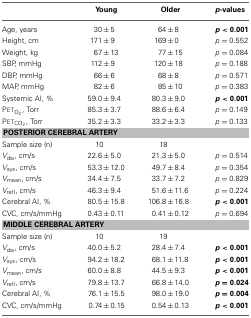
<table><thead><tr><td></td><td><b>Young</b></td><td><b>Older</b></td><td><b><i>p</i>-values</b></td></tr></thead><tbody><tr><td>Age, years</td><td>30 ± 5</td><td>64 ± 8</td><td><b><i>p</i> &lt; 0.001</b></td></tr><tr><td>Height, cm</td><td>171 ± 9</td><td>169 ± 0</td><td><i>p</i> = 0.552</td></tr><tr><td>Weight, kg</td><td>67 ± 13</td><td>77 ± 15</td><td><i>p</i> = 0.084</td></tr><tr><td>SBP, mmHg</td><td>112 ± 9</td><td>120 ± 18</td><td><i>p</i> = 0.188</td></tr><tr><td>DBP, mmHg</td><td>66 ± 6</td><td>68 ± 8</td><td><i>p</i> = 0.571</td></tr><tr><td>MAP, mmHg</td><td>82 ± 6</td><td>85 ± 10</td><td><i>p</i> = 0.383</td></tr><tr><td>Systemic AI, %</td><td>59.0 ± 9.4</td><td>80.3 ± 9.0</td><td><b><i>p</i> &lt; 0.001</b></td></tr><tr><td>Pet<sub>O<sub>2</sub></sub>, Torr</td><td>85.3 ± 3.7</td><td>88.6 ± 6.4</td><td><i>p</i> = 0.149</td></tr><tr><td>Pet<sub>CO<sub>2</sub></sub>, Torr</td><td>35.2 ± 3.3</td><td>33.2 ± 3.3</td><td><i>p</i> = 0.133</td></tr><tr><td colspan="4"><b>POSTERIOR CEREBRAL ARTERY</b></td></tr><tr><td>Sample size (n)</td><td>10</td><td>18</td><td></td></tr><tr><td><i>V</i><sub>dia</sub>, cm/s</td><td>22.6 ± 5.0</td><td>21.3 ± 5.0</td><td><i>p</i> = 0.514</td></tr><tr><td><i>V</i><sub>sys</sub>, cm/s</td><td>53.3 ± 12.0</td><td>49.7 ± 8.4</td><td><i>p</i> = 0.354</td></tr><tr><td><i>V</i><sub>mean</sub>, cm/s</td><td>34.4 ± 7.5</td><td>33.7 ± 7.2</td><td><i>p</i> = 0.829</td></tr><tr><td><i>V</i><sub>refl</sub>, cm/s</td><td>46.3 ± 9.4</td><td>51.6 ± 11.6</td><td><i>p</i> = 0.224</td></tr><tr><td>Cerebral AI, %</td><td>80.5 ± 15.8</td><td>106.8 ± 16.8</td><td><b><i>p</i> &lt; 0.001</b></td></tr><tr><td>CVC, cm/s/mmHg</td><td>0.43 ± 0.11</td><td>0.41 ± 0.12</td><td><i>p</i> = 0.694</td></tr><tr><td colspan="4"><b>MIDDLE CEREBRAL ARTERY</b></td></tr><tr><td>Sample size (n)</td><td>10</td><td>19</td><td></td></tr><tr><td><i>V</i><sub>dia</sub>, cm/s</td><td>40.0 ± 5.2</td><td>28.4 ± 7.4</td><td><b><i>p</i> &lt; 0.001</b></td></tr><tr><td><i>V</i><sub>sys</sub>, cm/s</td><td>94.2 ± 18.2</td><td>68.1 ± 11.8</td><td><b><i>p</i> &lt; 0.001</b></td></tr><tr><td><i>V</i><sub>mean</sub>, cm/s</td><td>60.0 ± 8.8</td><td>44.5 ± 9.3</td><td><b><i>p</i> &lt; 0.001</b></td></tr><tr><td><i>V</i><sub>refl</sub>, cm/s</td><td>79.8 ± 13.7</td><td>66.8 ± 14.0</td><td><b><i>p</i> = 0.024</b></td></tr><tr><td>Cerebral AI, %</td><td>76.1 ± 15.5</td><td>98.0 ± 19.0</td><td><b><i>p</i> = 0.004</b></td></tr><tr><td>CVC, cm/s/mmHg</td><td>0.74 ± 0.15</td><td>0.54 ± 0.13</td><td><b><i>p</i> &lt; 0.001</b></td></tr></tbody></table>